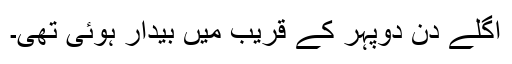
اگلے دن دوپہر کے قریب میں بیدار ہوئی تھی۔